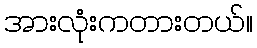
အားလုံးကတားတယ်။